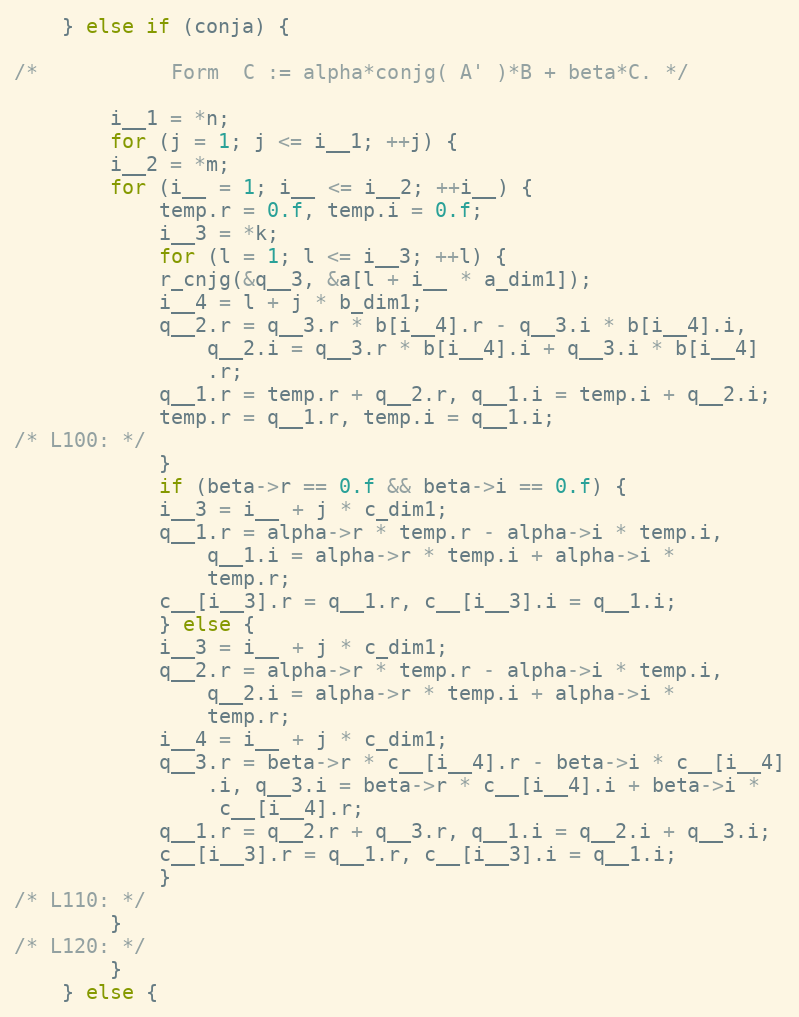
Language: C
	} else if (conja) {

/*           Form  C := alpha*conjg( A' )*B + beta*C. */

	    i__1 = *n;
	    for (j = 1; j <= i__1; ++j) {
		i__2 = *m;
		for (i__ = 1; i__ <= i__2; ++i__) {
		    temp.r = 0.f, temp.i = 0.f;
		    i__3 = *k;
		    for (l = 1; l <= i__3; ++l) {
			r_cnjg(&q__3, &a[l + i__ * a_dim1]);
			i__4 = l + j * b_dim1;
			q__2.r = q__3.r * b[i__4].r - q__3.i * b[i__4].i,
				q__2.i = q__3.r * b[i__4].i + q__3.i * b[i__4]
				.r;
			q__1.r = temp.r + q__2.r, q__1.i = temp.i + q__2.i;
			temp.r = q__1.r, temp.i = q__1.i;
/* L100: */
		    }
		    if (beta->r == 0.f && beta->i == 0.f) {
			i__3 = i__ + j * c_dim1;
			q__1.r = alpha->r * temp.r - alpha->i * temp.i,
				q__1.i = alpha->r * temp.i + alpha->i *
				temp.r;
			c__[i__3].r = q__1.r, c__[i__3].i = q__1.i;
		    } else {
			i__3 = i__ + j * c_dim1;
			q__2.r = alpha->r * temp.r - alpha->i * temp.i,
				q__2.i = alpha->r * temp.i + alpha->i *
				temp.r;
			i__4 = i__ + j * c_dim1;
			q__3.r = beta->r * c__[i__4].r - beta->i * c__[i__4]
				.i, q__3.i = beta->r * c__[i__4].i + beta->i *
				 c__[i__4].r;
			q__1.r = q__2.r + q__3.r, q__1.i = q__2.i + q__3.i;
			c__[i__3].r = q__1.r, c__[i__3].i = q__1.i;
		    }
/* L110: */
		}
/* L120: */
	    }
	} else {